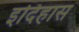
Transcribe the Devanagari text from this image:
इदिहास